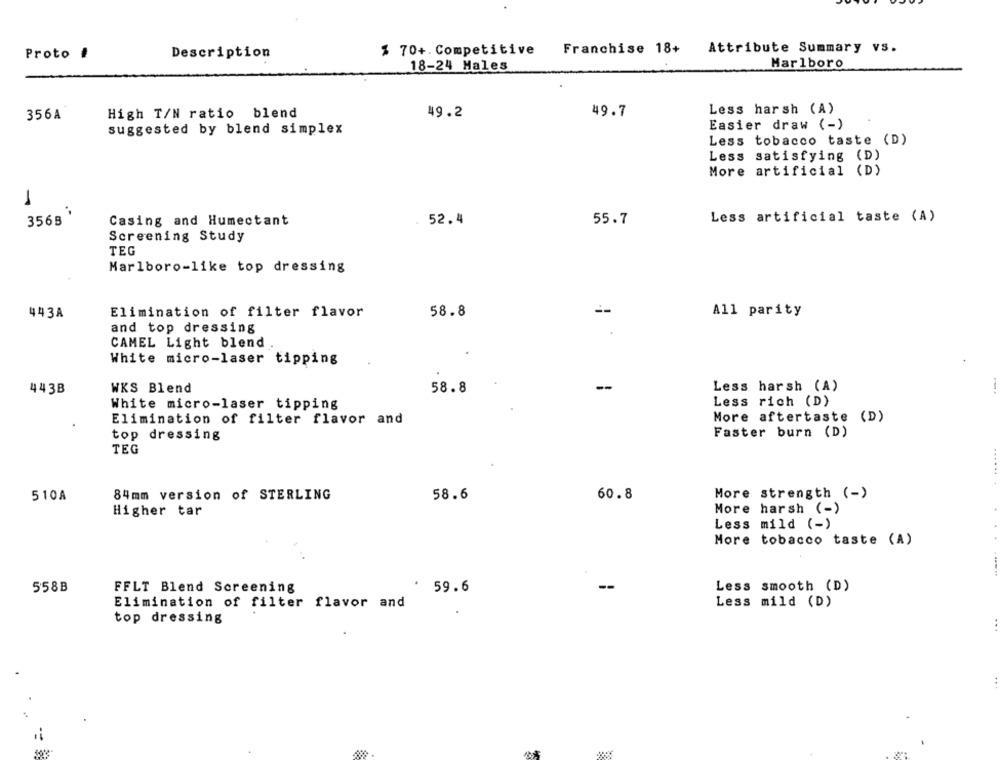
$ 70+. Competitive
Franchise 18+
Attribute Summary vs.
Proto #
Description
18-24 Males
Marlboro
High T/N ratio blend
49.2
49.7
Less harsh (A)
356A
Easier draw (-)
suggested by blend simplex
Less tobacco taste (D)
Less satisfying (D)
More artificial (D)
3568
. 52.4
55.7
Less artificial taste (A)
Casing and Humectant
Screening Study
TEG
Marlboro-like top dressing
58.8
--
443A
Elimination of filter flavor
All parity
and top dressing
CAMEL Light blend
White micro-laser tipping
Less harsh (A)
443B
WKS Blend
58.8
Less rich (D)
White micro-laser tipping
More aftertaste (D)
Elimination of filter flavor and
Faster burn (D)
top dressing
TEG
More strength (-)
510A
84mm version of STERLING
58.6
60.8
More harsh (-)
Higher tar
Less mild (-)
More tobacco taste (A)
558B
FFLT Blend Screening
59.6
Less smooth (D)
Elimination of filter flavor and
Less mild (D)
top dressing